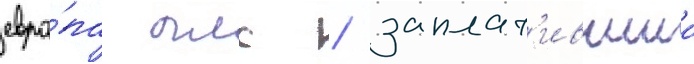
евро́па плс / заплат'ившии